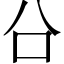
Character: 㕣